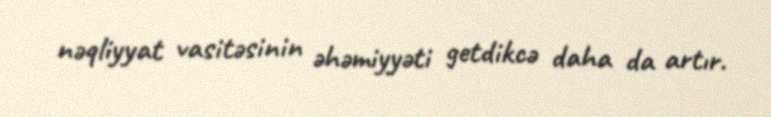
nəqliyyat vasitəsinin əhəmiyyəti getdikcə daha da artır.